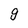
Character: g